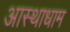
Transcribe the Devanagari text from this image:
आस्थाधाम